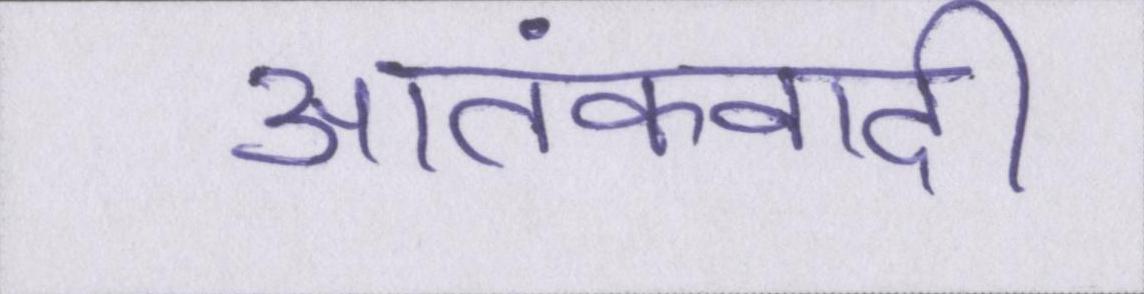
आतंकवादी